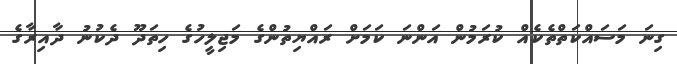
ގިނަ މަސައްކަތްތެކެއް ކުރަމުން އަންނަ ކަމަށް ރައްޔިތުންގެ މަޖިލީހުގެ ހިތަދޫ ދެކުނު ދާއިރާގެ